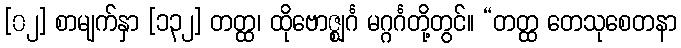
[၀၂] စာမျက်နှာ [၁၃၂] တတ္ထ၊ ထိုဗောဇ္ဈင်္ဂ မဂ္ဂင်္ဂတို့တွင်။ “တတ္ထ တေသုစေတနာ